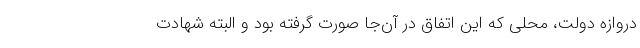
دروازه دولت، محلی که این اتفاق در آن‌جا صورت گرفته بود و البته شهادت